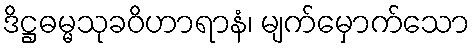
ဒိဋ္ဌဓမ္မသုခဝိဟာရာနံ၊ မျက်မှောက်သော